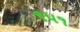
૧૫૧